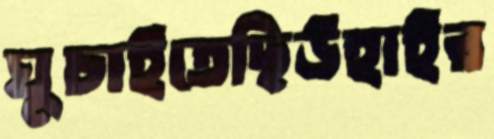
ঘুচাইতেছিউহাইর